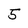
Character: 5